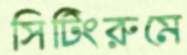
সিটিংরুমে